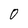
Character: 0